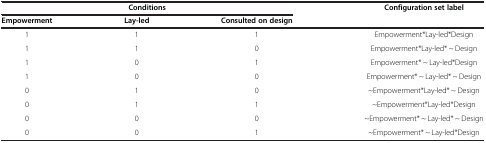
<table><thead><tr><td colspan="3"><b>Conditions</b></td><td><b>Configuration set label</b></td></tr><tr><td><b>Empowerment</b></td><td><b>Lay-led</b></td><td><b>Consulted on design</b></td><td><b> </b></td></tr></thead><tbody><tr><td>1</td><td>1</td><td>1</td><td>Empowerment*Lay-led*Design</td></tr><tr><td>1</td><td>1</td><td>0</td><td>Empowerment*Lay-led* ~ Design</td></tr><tr><td>1</td><td>0</td><td>1</td><td>Empowerment* ~ Lay-led*Design</td></tr><tr><td>1</td><td>0</td><td>0</td><td>Empowerment* ~ Lay-led* ~ Design</td></tr><tr><td>0</td><td>1</td><td>0</td><td>~Empowerment*Lay-led* ~ Design</td></tr><tr><td>0</td><td>1</td><td>1</td><td>~Empowerment*Lay-led*Design</td></tr><tr><td>0</td><td>0</td><td>0</td><td>~Empowerment* ~ Lay-led* ~ Design</td></tr><tr><td>0</td><td>0</td><td>1</td><td>~Empowerment* ~ Lay-led*Design</td></tr></tbody></table>